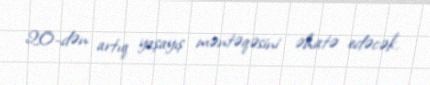
20-dən artıq yaşayış məntəqəsini əhatə edəcək.